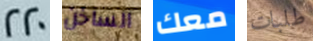
220 الساخن معك طلبات